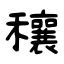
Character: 穰